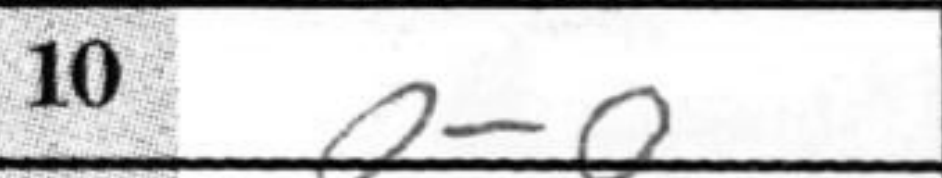
Transcription: O-O